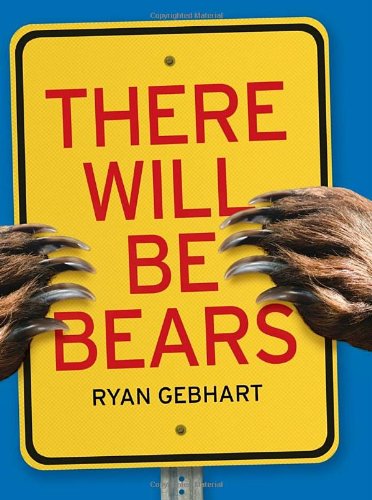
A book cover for There Will Be Bears; Ryan Gebhart; Children's Books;